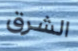
الشرق